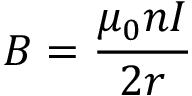
B = { \frac { \mu _ { 0 } n I } { 2 r } }